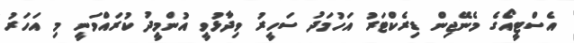
އެސްޓީއޯގެ މެނޭޖިން ޑިރެކްޓަރު އަހުމަދު ސަހީރު ވިދާޅުވީ އުންމީދު ކުރައްވަނީ މި އަހަރު